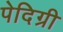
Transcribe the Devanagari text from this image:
पेदिग्री